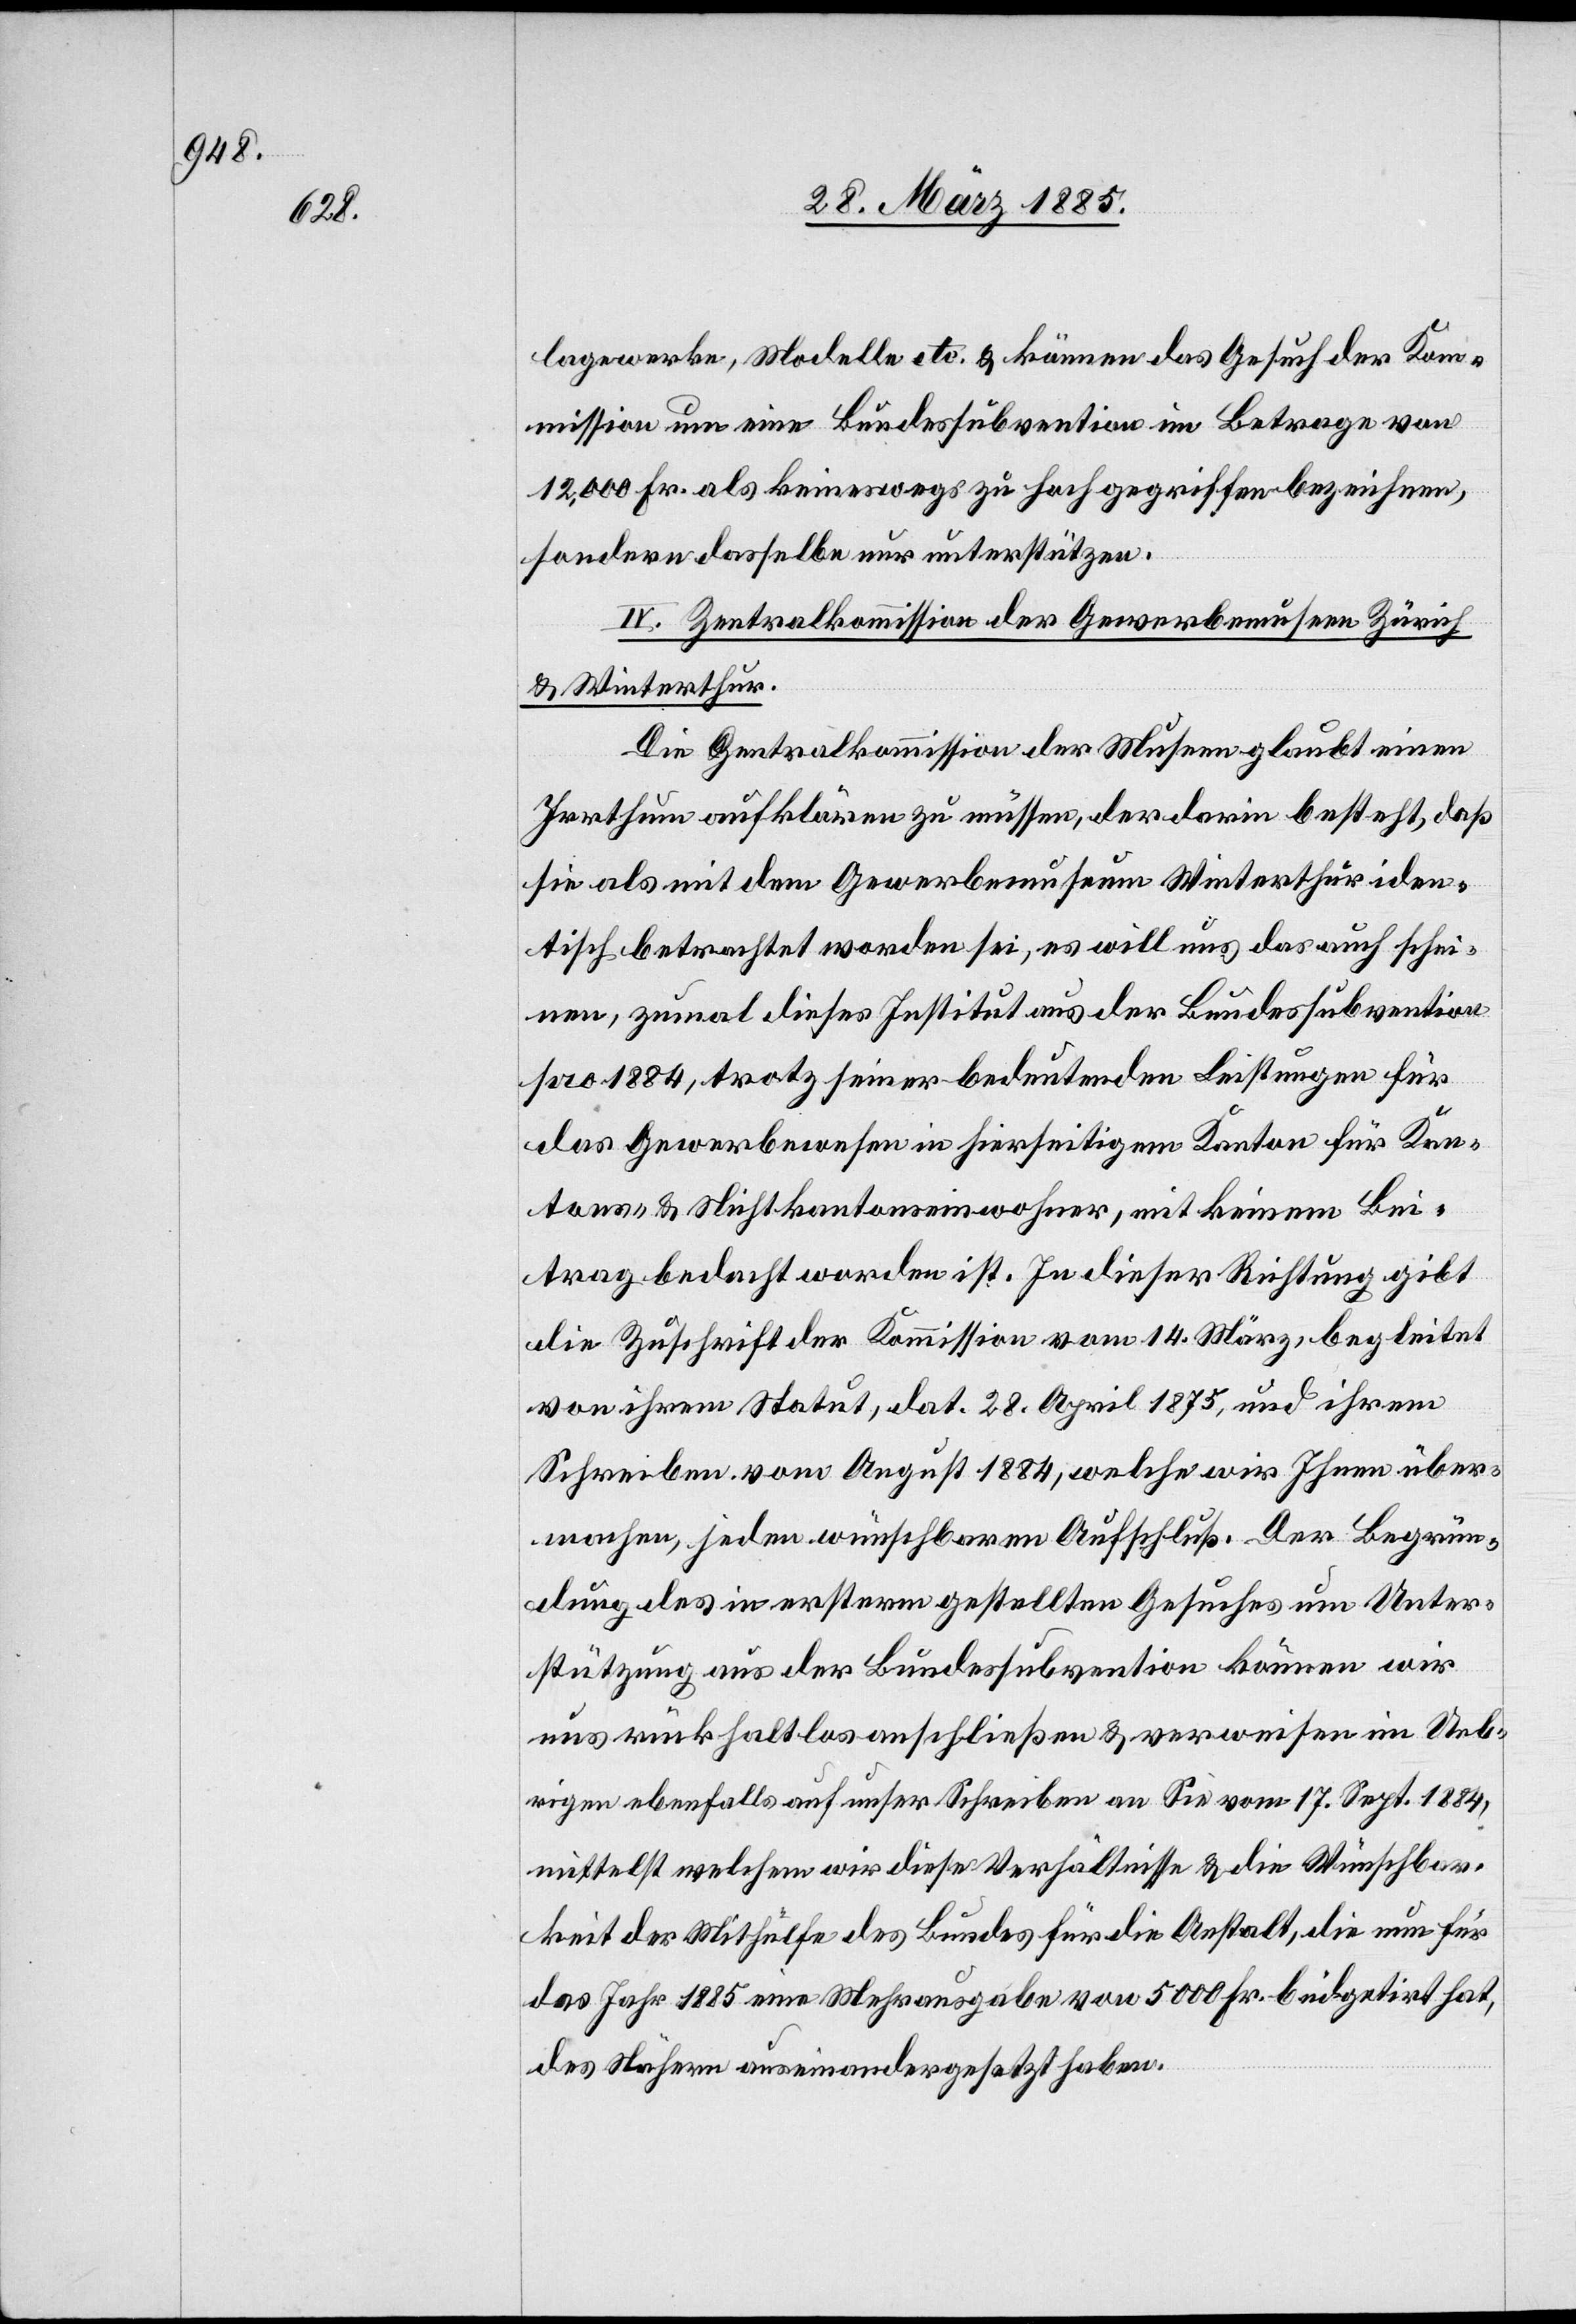
lagewerke, Modelle etc. & können das Gesuch der Kom¬
mission um eine Bundessubvention im Betrage von
12,000 Fr. als keineswegs zu hochgegriffen bezeichnen,
sondern dasselbe nur unterstützen.
IV. Zentralkommission der Gewerbemuseen Zürich
& Winterthur.
Die Generalkommission der Museen glaubt einen
Irrthum aufklären zu müssen, der darin besteht, daß
sie als mit dem Gewerbemuseum Winterthur iden¬
tisch betrachtet worden sei, es will uns das auch schei¬
nen, zumal dieses Institut aus der Bundessubvention
pro 1884, trotz seiner bedeutenden Leistungen für
das Gewerbewesen in hierseitigem Kanton für Kan¬
ton- & Nichtkantonseinwohner, mit keinem Bei¬
trag bedacht worden ist. In dieser Richtung gibt
die Zuschrift der Kommission vom 14. März, begleitet
von ihrem Statut, dat. 28. April 1875, und ihrem
Schreiben vom August 1884, welche wir Ihnen über¬
machen, jeden wünschbaren Aufschluß. Der Begrün¬
dung des in erstern gestellten Gesuches um Unter¬
stützung aus der Bundessubvention können wir
uns rückhaltlos anschließen & verweisen im Ueb¬
rigen ebenfalls auf unser Schreiben an Sie vom 17. Sept. 1884,
mittelst welchem wir diese Verhältnisse & die Wünschbar¬
keit der Mithülfe des Bundes für die Anstalt, die nun für
das Jahr 1885 eine Mehrausgabe von 5000 Fr. büdgetirt hat,
des Nähern auseinandergesetzt haben.